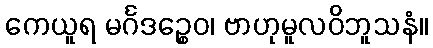
ကေယူရ မင်္ဂဒဉ္စေဝ၊ ဗာဟုမူလဝိဘူသနံ။